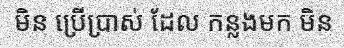
មិន ប្រើប្រាស់ ដែល កន្លងមក មិន